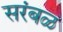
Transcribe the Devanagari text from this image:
सरंबळ